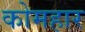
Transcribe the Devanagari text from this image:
कोमहार